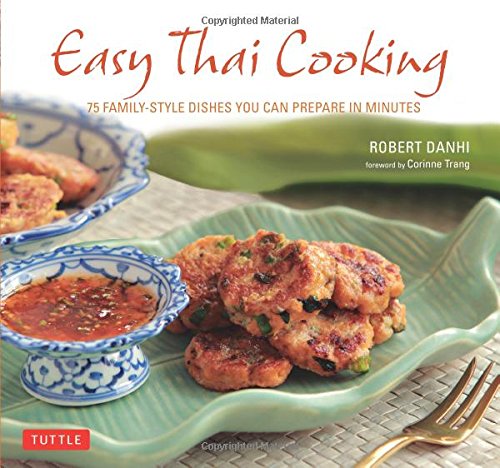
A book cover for Easy Thai Cooking: 75 Family-style Dishes You can Prepare in Minutes; Robert Danhi; Cookbooks, Food & Wine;